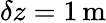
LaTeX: \delta z=1\mathrm{\, m}